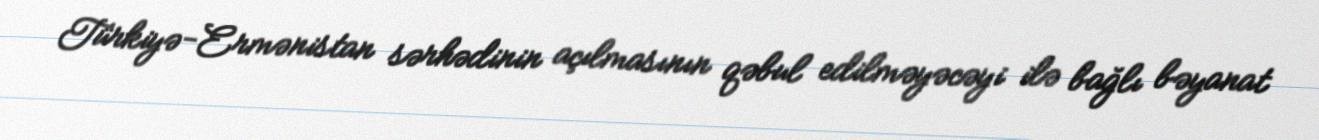
Türkiyə-Ermənistan sərhədinin açılmasının qəbul edilməyəcəyi ilə bağlı bəyanat